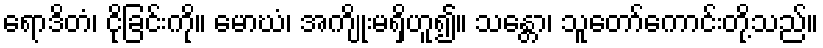
ရောဒိတံ၊ ငိုခြင်းကို။ မောဃံ၊ အကျိုးမရှိဟူ၍။ သန္တော၊ သူတော်ကောင်းတို့သည်။